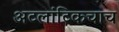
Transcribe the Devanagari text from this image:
अटलांटिकचाच